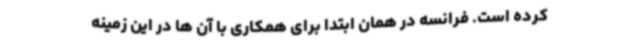
کرده است. فرانسه در همان ابتدا برای همکاری با آن ها در این زمینه